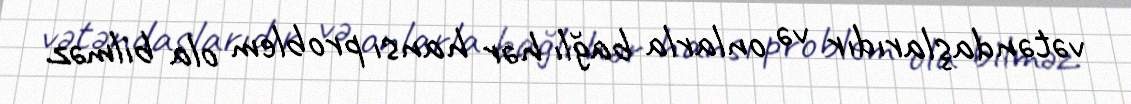
vətəndaşlarıdır və onlarla bağlı hər hansı problem ola bilməz.